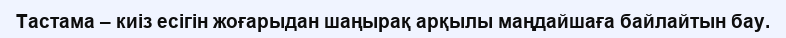
Тастама – киіз есігін жоғарыдан шаңырақ арқылы маңдайшаға байлайтын бау.